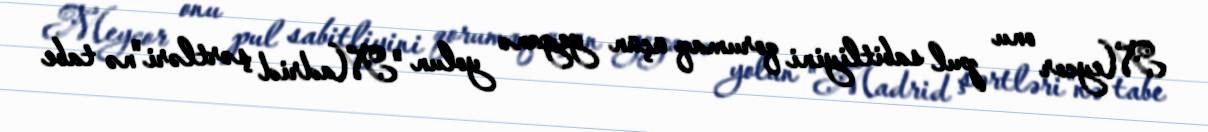
Meycor onu pul sabitliyini qorumaq üçün yeganə yolun "Madrid şərtləri"nə tabe